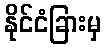
နိုင်ငံခြားမှ